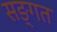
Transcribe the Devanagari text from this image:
सङ्गत